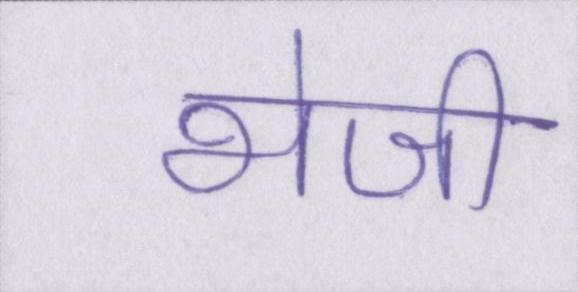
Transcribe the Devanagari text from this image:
भेजी